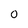
Character: o